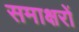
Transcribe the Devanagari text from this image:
समाक्षरों